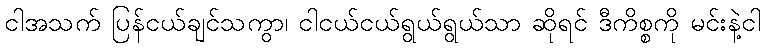
ငါအသက် ပြန်ငယ်ချင်သကွာ၊ ငါငယ်ငယ်ရွယ်ရွယ်သာ ဆိုရင် ဒီကိစ္စကို မင်းနဲ့ငါ